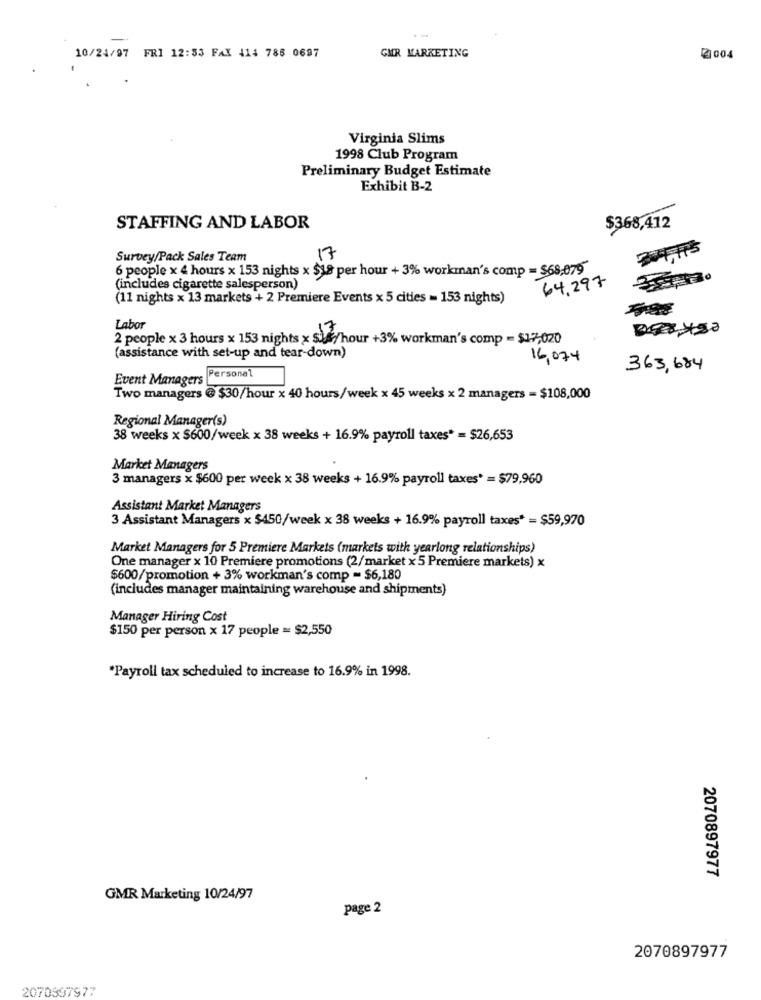
-
.-
10/24/97 FRI 12:33 FAX 414 786 0697
GMR MARKETING
2 004
Virginia Slims
1998 Club Program
Preliminary Budget Estimate
Exhibit B-2
STAFFING AND LABOR
$368,412
Survey/Pack Sales Team
17
6 people x 4 hours x 153 nights x $18 per hour + 3% workman's comp = $68,079
(includes cigarette salesperson)
64,297
(11 nights x 13 markets + 2 Premiere Events x 5 cities = 153 nights)
Labor
2 people x 3 hours x 153 nights x $/hour +3% workman's comp - $17,020
(assistance with set-up and tear-down)
16,074
363,684
Event Managers Personal
Two managers @ $30/hour x 40 hours/week x 45 weeks x 2 managers = $108,000
Regional Manager(s)
38 weeks x $600/week x 38 weeks + 16.9% payroll taxes* = $26,653
Market Managers
3 managers x $600 per week x 38 weeks + 16.9% payroll taxes* = $79,960
Assistant Market Managers
3 Assistant Managers x $450/week x 38 weeks + 16.9% payroll taxes* = $59,970
Market Managers for 5 Premiere Markets (markets with yearlong relationships)
One manager x 10 Premiere promotions (2/market x 5 Premiere markets) x
$600/promotion + 3% workman's comp = $6,180
(includes manager maintaining warehouse and shipments)
Manager Hiring Cost
$150 per person x 17 people = $2,550
*Payroll tax scheduled to increase to 16.9% in 1998.
2070897977
GMR Marketing 10/24/97
page 2
2070897977
2070897977